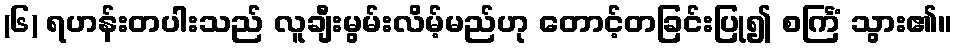
(၆) ရဟန်းတပါးသည် လူချီးမွမ်းလိမ့်မည်ဟု တောင့်တခြင်းပြု၍ စင်္ကြံ သွား၏။